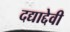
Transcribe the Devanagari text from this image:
दद्याद्देवी